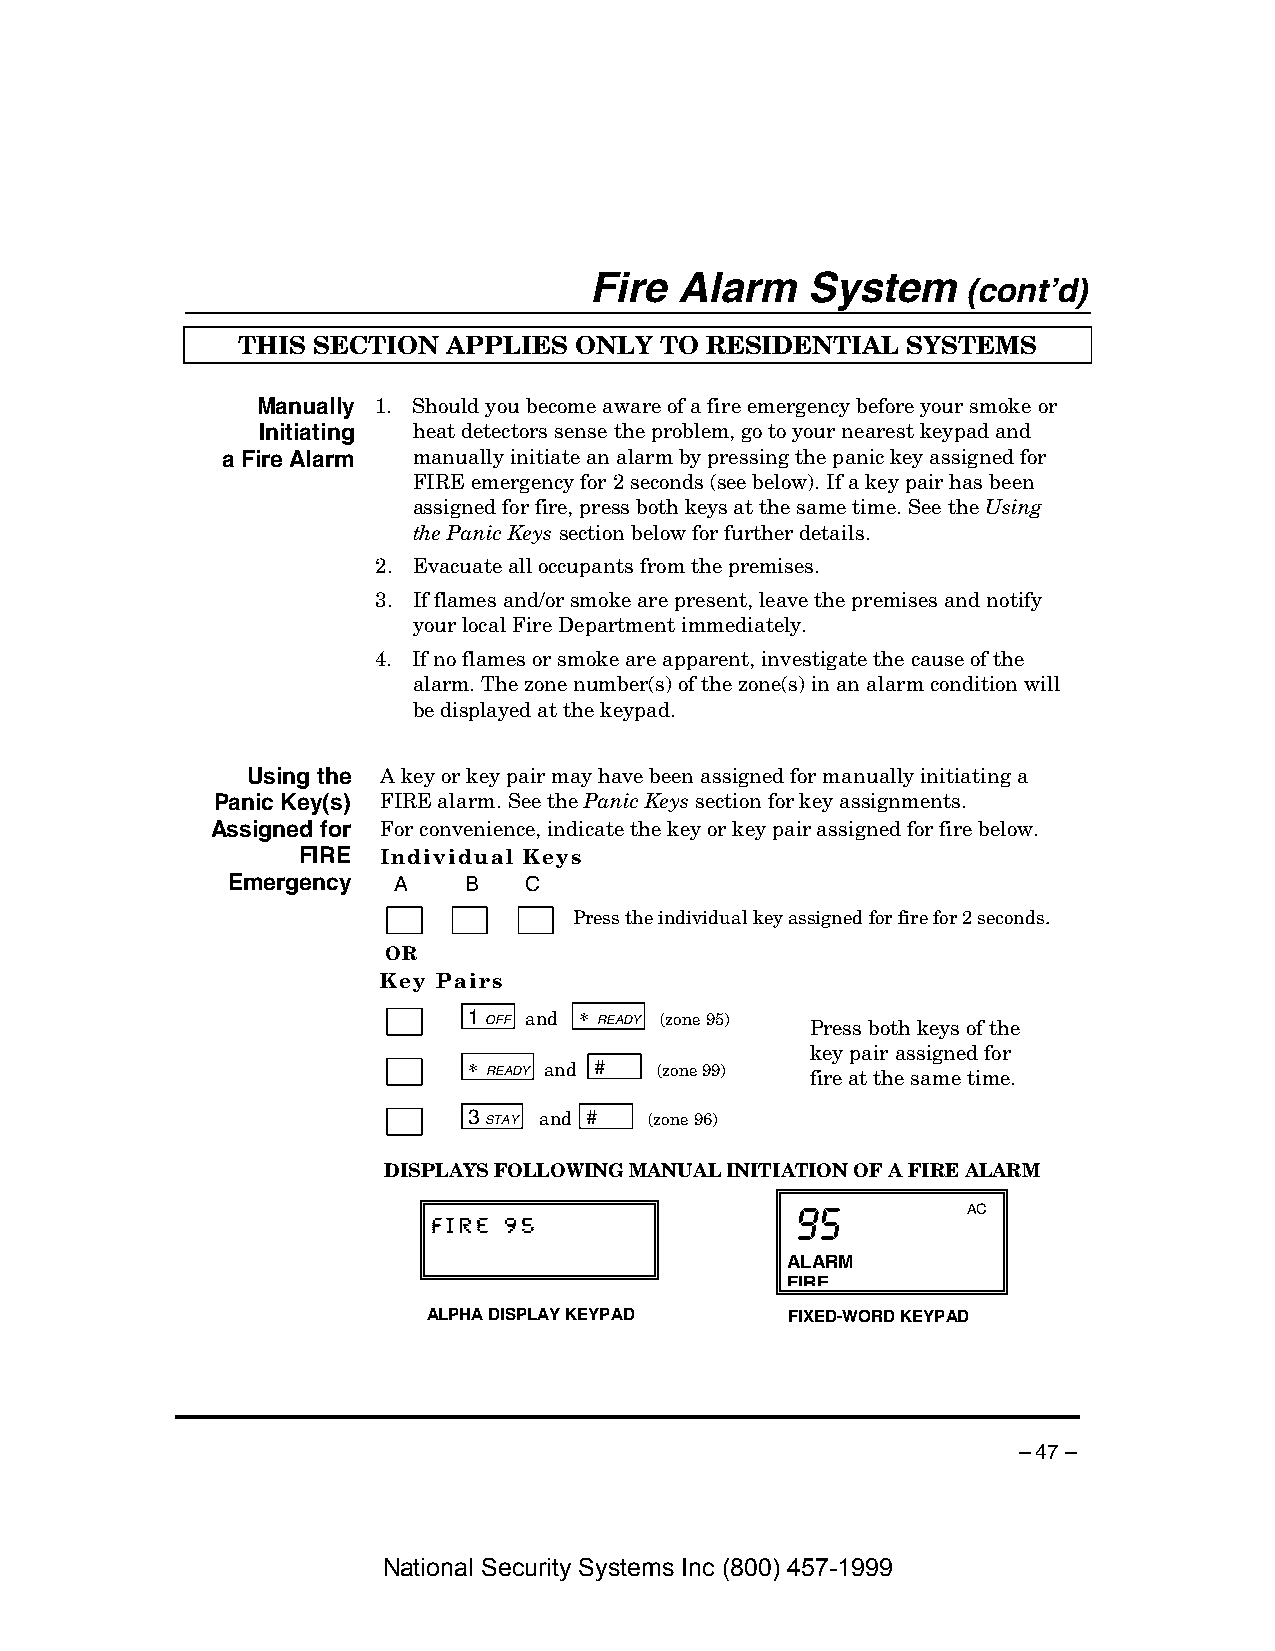
Fire  Alarm   System
 (cont’d)
 THIS SECTION  APPLIES ONLY  TO RESIDENTIAL  SYSTEMS
 Manually 1. Should you become aware of a fire emergency before your smoke or
 Initiating heat detectors sense the problem, go to your nearest keypad and
 a Fire Alarm manually initiate an alarm by pressing the panic key assigned for
 FIRE emergency for 2 seconds (see below). If a key pair has been
 assigned for fire, press both keys at the same time. See the Using
 the Panic Keys section below for further details.
 2. Evacuate all occupants from the premises.
 3. If flames and/or smoke are present, leave the premises and notify
 your local Fire Department immediately.
 4. If no flames or smoke are apparent, investigate the cause of the
 alarm. The zone number(s) of the zone(s) in an alarm condition will
 be displayed at the keypad.
 Using the A key or key pair may have been assigned for manually initiating a
 Panic Key(s) FIRE alarm. See the Panic Keys section for key assignments.
 Assigned for For convenience, indicate the key or key pair assigned for fire below.
 FIRE Individual Keys
 Emergency  A    B   C
 Press the individual key assigned for fire for 2 seconds.
 OR
 Key Pairs
 1 OFF and ∗ READY (zone 95) Press both keys of the
 key pair assigned for
 ∗ READY and # (zone 99) fire at the same time.
 3 STAY and # (zone 96)
 DISPLAYS FOLLOWING MANUAL INITIATION OF A FIRE ALARM
 AC
 FIRE 95                 99995555
 ALARM
 FIRE
 ALPHA DISPLAY KEYPAD    FIXED-WORD KEYPAD
 – 47 –
 National Security Systems Inc (800) 457-1999